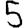
Digit: 5